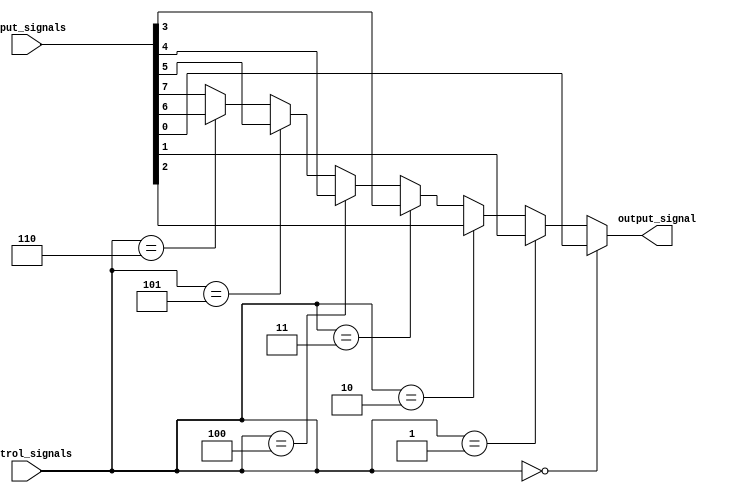
module mux_demux_buffer(
    input wire [7:0] input_signals,
    input wire [2:0] control_signals,
    output wire output_signal
);

assign output_signal = (control_signals == 3'b000) ? input_signals[0] : //demultiplex input signal based on control signals
                      (control_signals == 3'b001) ? input_signals[1] :
                      (control_signals == 3'b010) ? input_signals[2] :
                      (control_signals == 3'b011) ? input_signals[3] :
                      (control_signals == 3'b100) ? input_signals[4] :
                      (control_signals == 3'b101) ? input_signals[5] :
                      (control_signals == 3'b110) ? input_signals[6] :
                                                  input_signals[7]; 

endmodule